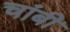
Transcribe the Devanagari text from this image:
चांबी